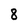
Character: 8